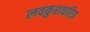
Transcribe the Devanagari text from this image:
लवकुशचरित्र